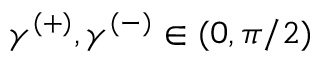
\gamma ^ { ( + ) } , \gamma ^ { ( - ) } \in ( 0 , \pi / 2 )